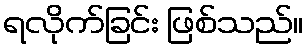
ရလိုက်ခြင်း ဖြစ်သည်။